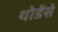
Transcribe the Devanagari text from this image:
थोडेंसे